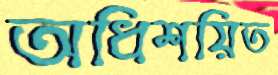
অধিশয়িত